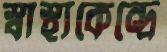
স্বাস্থ্যকেন্দ্রে